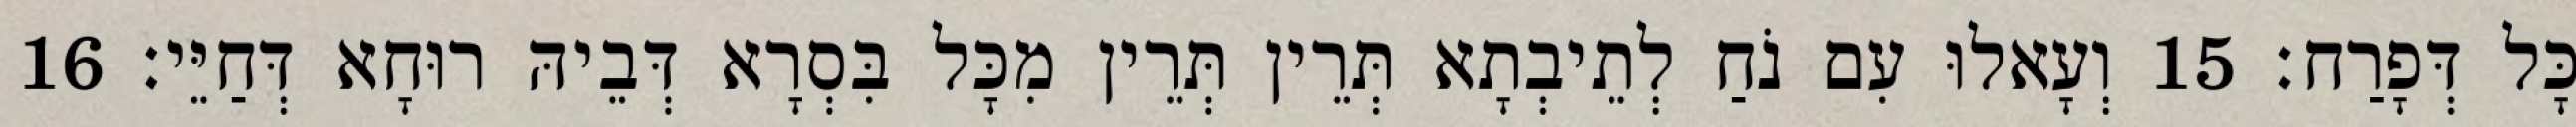
כָּל דְּפָרַח׃ 15 וְעָאלוּ עִם נֹחַ לְתֵיבְתָא תְּרֵין תְּרֵין מִכָּל בִּסְרָא דְּבֵיהּ רוּחָא דְּחַיֵּי׃ 16